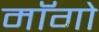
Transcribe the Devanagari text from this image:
माॅगो